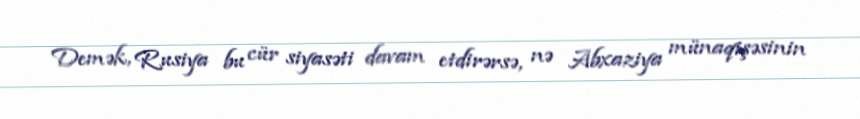
Demək, Rusiya bu cür siyasəti davam etdirərsə, nə Abxaziya münaqişəsinin